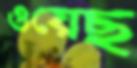
ওয়েছ